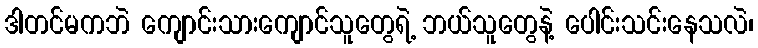
ဒါတင်မကဘဲ ကျောင်းသားကျောင်သူတွေရဲ့ ဘယ်သူတွေနဲ့ ပေါင်းသင်းနေသလဲ၊